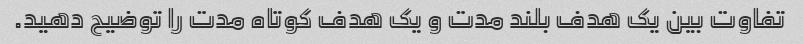
تفاوت بین یک هدف بلند مدت و یک هدف کوتاه مدت را توضیح دهید.